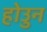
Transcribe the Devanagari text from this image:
होउुन